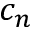
c _ { n }